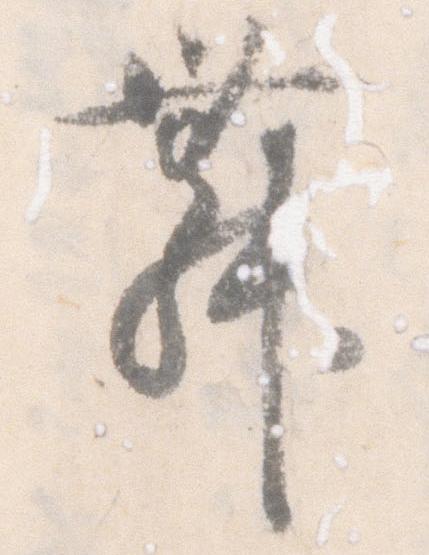
舞